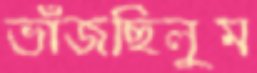
ভাঁজছিলুম